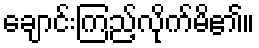
ချောင်းကြည့်လိုက်မိ၏။